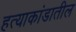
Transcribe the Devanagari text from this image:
हत्याकांडातील